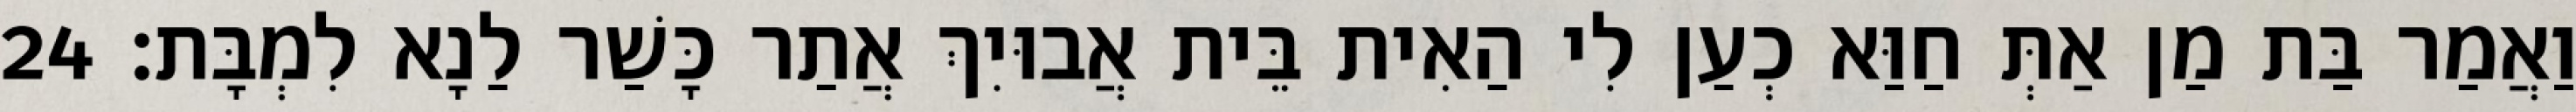
וַאֲמַר בַּת מַן אַתְּ חַוַּא כְעַן לִי הַאִית בֵּית אֲבוּיִךְ אֲתַר כָּשַׁר לַנָא לִמְבָּת׃ 24